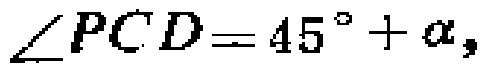
\(\angle PCD = 45^{\circ}+\alpha\)